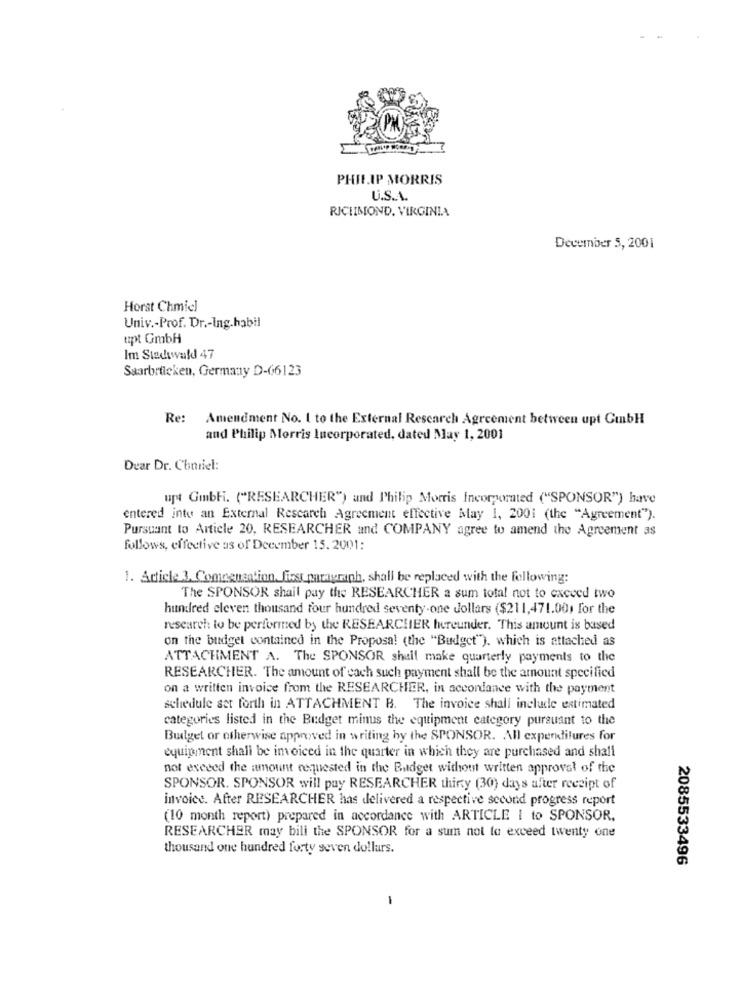
PHILIP MORRIS
U.S.A.
RICHMOND, VIRGINIA
December 5, 2001
Horst Chmiel
Univ .- Prof. Dr .- Ing.habil
upt GmbH
Im Stadtwald 47
Saarbrücken, Germany D-66123
Re: Amendment No. 1 to the External Rescarch Agreement between upt GubH
and Philip Morris Incorporated, dated May 1, 2001
Dear Dr. Chmiel:
upt GmbH. ("RESEARCHER") and Philip Morris Incorporated ("SPONSOR") have
entered into an External Research Agreement effective May 1, 2001 (the "Agreement").
Pursuant to Article 20, RESEARCHER and COMPANY agree to amend the Agreement as
follows, effective as of December 15. 2001:
1. Article 3. Comoenantion. first paragraph, shall be replaced with the following:
The SPONSOR shail pay the RESEARCHER a sum total not to exceed two
hundred eleven thousand four hundred seventy-one dollars ($211,471.001 for the
research: to be performed by the RESEARCHER hereunder. This amount is based
on the budget contained in the Proposal (the "Budget"), which is attached as
ATTACHMENT A. The SPONSOR shall make quarterly payments to the
RESEARCHER. The amount of cach such payment shall be the amount specified
on a written invoice from the RESEARCHER, in accordance with the payment
schedule set forth in ATTACHMENT B. The invoice shall include estimated
categories listed in the Budget minus the equipment category pursuant to the
Budget or otherwise approved in writing by the SPONSOR. All expenditures for
equipment shall be invoiced in the quarter in which they are purchased and shall
not exceed the amount requested in the Budget without written approval of the
SPONSOR. SPONSOR will pay RESEARCHER thirty (30) days after receipt of
invoice. After RESEARCHER has delivered a respective second progress report
(10 month report) prepared in accordance with ARTICLE I to SPONSOR.
RESEARCHER may bili the SPONSOR for a sum not to exceed twenty one
thousand one hundred forty seven dollars.
2085533496
-